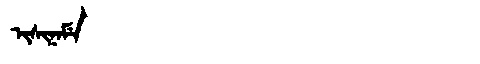
Manchu: ᡳᠰᡳᠨᠠᠮᡝ
Romanization: ISINAME